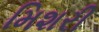
મિશરી